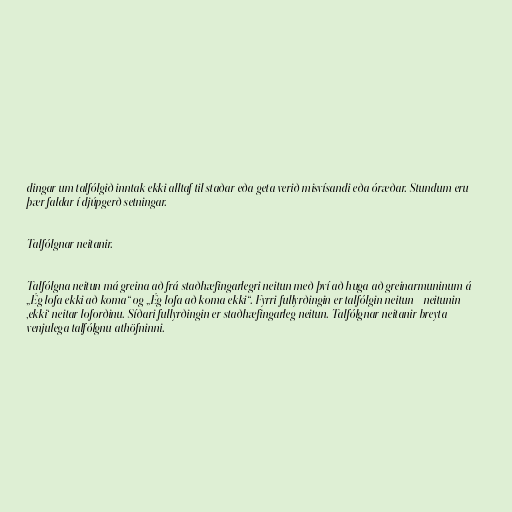
dingar um talfólgið inntak ekki alltaf til staðar eða geta verið misvísandi eða óræðar. Stundum eru
þær faldar í djúpgerð setningar.

Talfólgnar neitanir.

Talfólgna neitun má greina að frá staðhæfingarlegri neitun með því að huga að greinarmuninum á
„Ég lofa ekki að koma“ og „Ég lofa að koma ekki“. Fyrri fullyrðingin er talfólgin neitun - neitunin
‚ekki‘ neitar loforðinu. Síðari fullyrðingin er staðhæfingarleg neitun. Talfólgnar neitanir breyta
venjulega talfólgnu athöfninni.